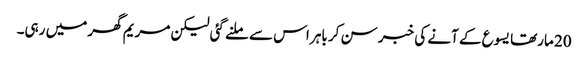
20 مارتھا یسوع کے آنے کی خبر سن کر باہر اس سے ملنے گئی لیکن مریم گھر میں رہی۔